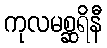
ကုလမစ္ဆရိနီ